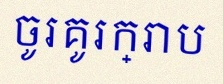
ចូរគូរក្រាប